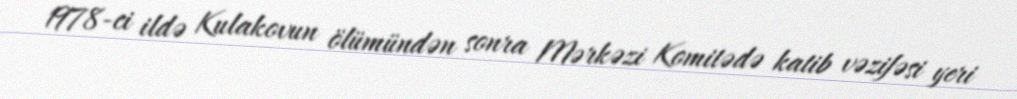
1978-ci ildə Kulakovun ölümündən sonra Mərkəzi Komitədə katib vəzifəsi yeri